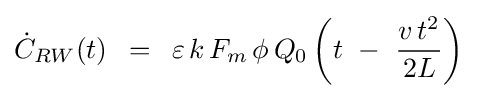
{\dot {C}}_{RW}(t)\,\,\,=\,\,\,\varepsilon \,k\,F_{m}\,\phi \,Q_{0}\left({t\,\,-\,\,{{v\,t^{2}} \over {2L}}}\right)